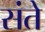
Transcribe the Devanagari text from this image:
संते